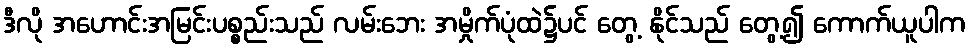
ဒီလို အဟောင်းအမြင်းပစ္စည်းသည် လမ်းဘေး အမှိုက်ပုံထဲ၌ပင် တွေ့ နိုင်သည် တွေ့၍ ကောက်ယူပါက